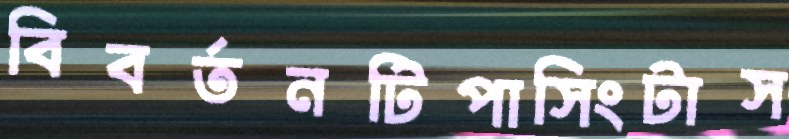
বিবর্তনটিপাসিংটাস